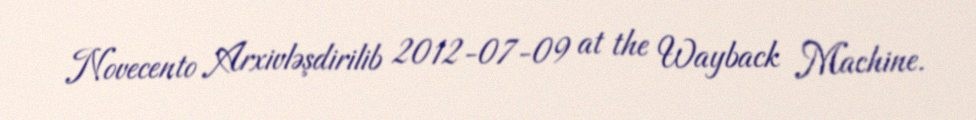
Novecento Arxivləşdirilib 2012-07-09 at the Wayback Machine.